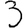
Digit: 3